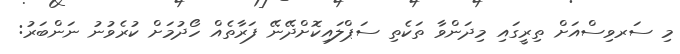
މި ސަރވިސްއަށް ތިރީގައި މިދަންވާ ތަކެތި ސަޕްލައިކޮށްދޭނޭ ފަރާތެއް ހޯދުމަށް ކުރެވުނު ނަންބަރު: